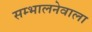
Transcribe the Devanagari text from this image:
सम्भालनेवाला